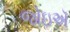
જોઇઍ